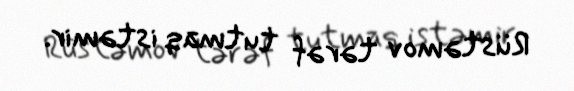
Rüstəmov tərəf tutmaq istəmir.